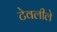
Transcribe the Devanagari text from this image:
टेवलीले